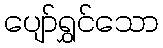
ပျော်ရွှင်သော